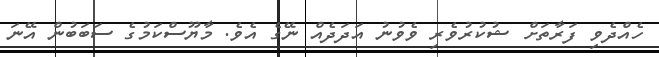
ހެއްދެވި ފަރާތަށް ޝުކުރުވެރި ވެވުނު އަދަދެއް ނޭގެ އެވެ. މާޔޫސްކަމުގެ ސަބަބުން އޭނަ